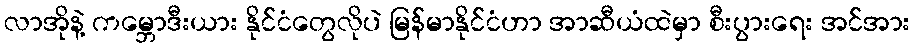
လာအိုနဲ့ ကမ္ဘောဒီးယား နိုင်ငံတွေလိုပဲ မြန်မာနိုင်ငံဟာ အာဆီယံထဲမှာ စီးပွားရေး အင်အား